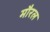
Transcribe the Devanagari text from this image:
मौरल